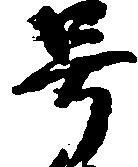
号